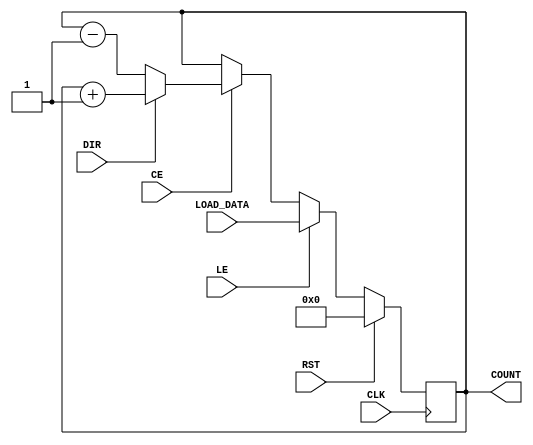
module LoadableCounter #(
    parameter N = 8  // Width of the counter
)(
    input wire CLK,        // Clock signal
    input wire RST,        // Reset signal
    input wire LE,         // Load Enable signal
    input wire CE,         // Count Enable signal
    input wire DIR,        // Count Direction (1 for up, 0 for down)
    input wire [N-1:0] LOAD_DATA, // Data to load into the counter
    output reg [N-1:0] COUNT // Current count value
);

    // Synchronous reset and load logic
    always @(posedge CLK) begin
        if (RST) begin
            COUNT <= 0; // Reset the counter to zero
        end else if (LE) begin
            COUNT <= LOAD_DATA; // Load the specified value
        end else if (CE) begin
            if (DIR) begin
                COUNT <= COUNT + 1; // Increment the counter
            end else begin
                COUNT <= COUNT - 1; // Decrement the counter
            end
        end
    end

endmodule